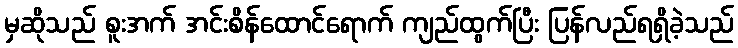
မှဆိုသည် စူးအက် အင်းစိန်ထောင်ရောက် ကျည်ထွက်ပြီး ပြန်လည်ရရှိခဲ့သည်